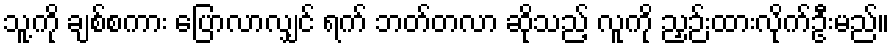
သူ့ကို ချစ်စကား ပြောလာလျှင် ရက် ဘတ်တလာ ဆိုသည့် လူကို ညှဉ်းထားလိုက်ဦးမည်။